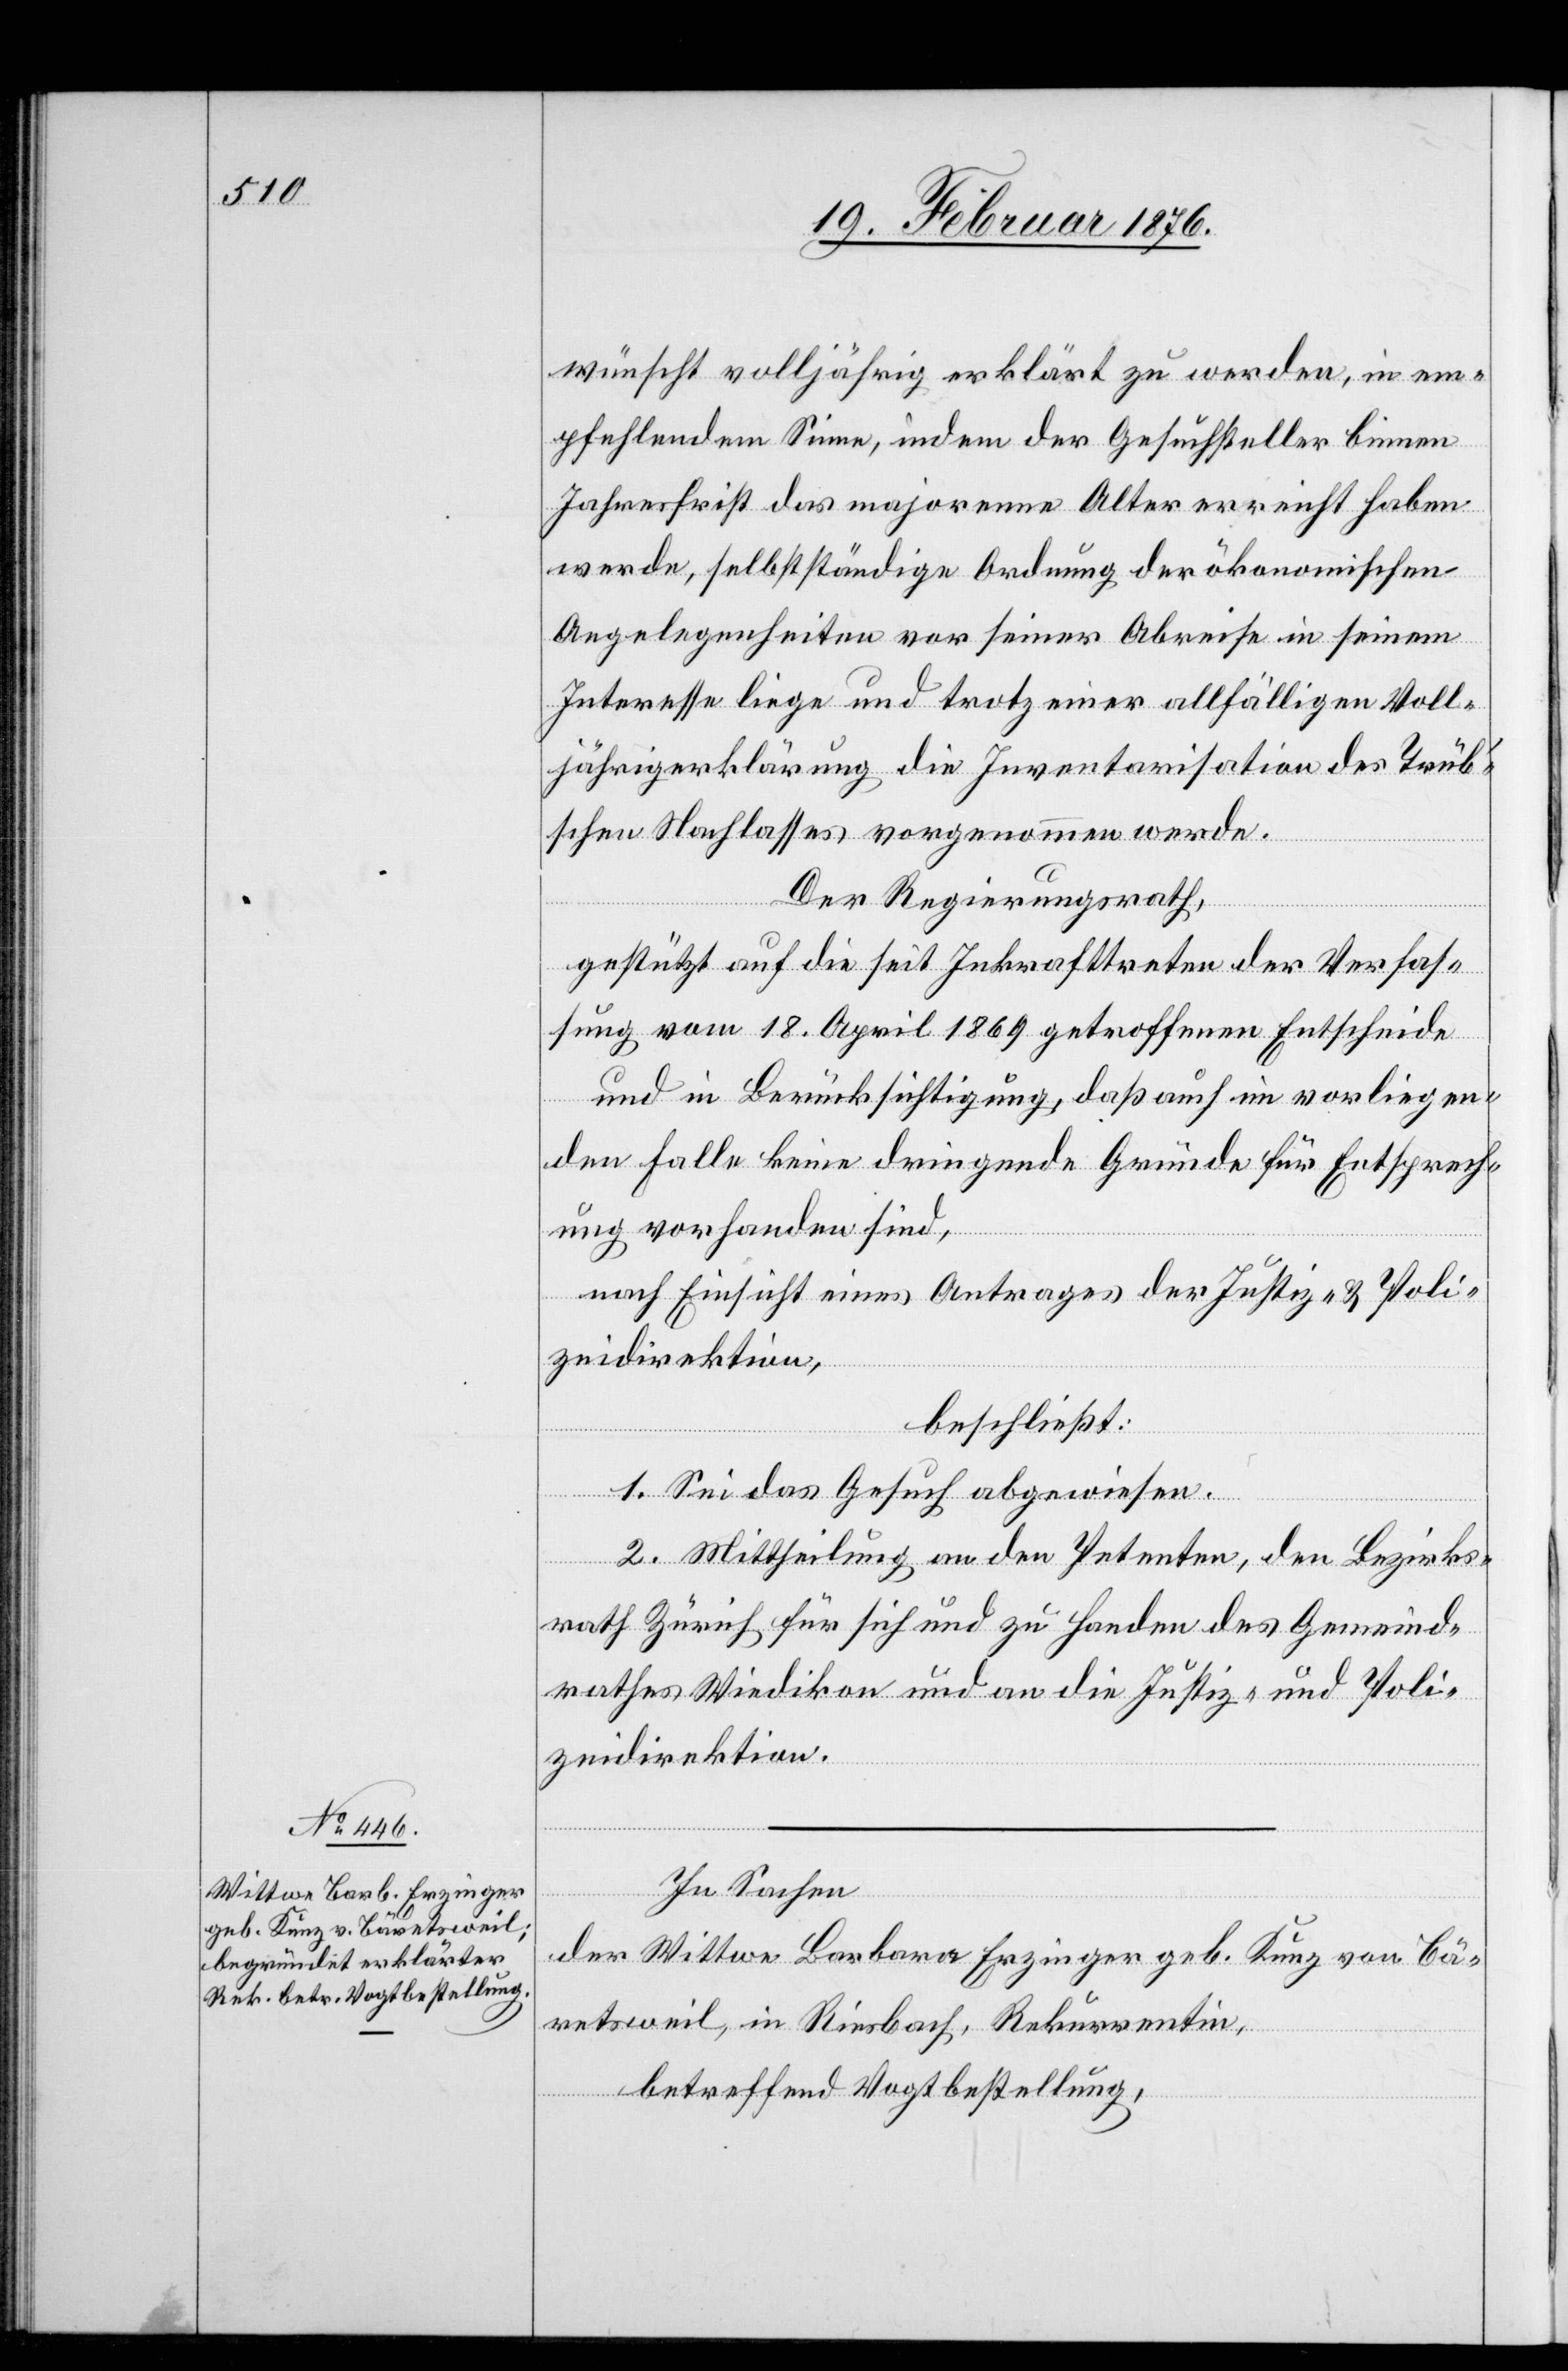
wünscht volljährig erklärt zu werden, in em¬
pfehlendem Sinne, indem der Gesuchsteller binnen
Jahresfrist das majorenen Alter erreicht haben
werde, selbstständige Ordnung der ökonomischen
Angelegenheiten vor seiner Abreise in seinem
Interesse liege und trotz einer allfälligen Voll¬
jährigkeitserklärung die Inventarisation des Trüb¬
schen Nachlasses vorgenommen werde.
Poli¬
Der Regierungsrath,
gestützt auf die seit Inkrafttreten der Verfas¬
sung vom 18. April 1869 getroffenen Entscheide
und in Berücksichtigung, daß auch im vorliegen¬
den Falle keine dringende Gründe für Entsprech¬
ung vorhanden sind,
nach Einsicht eines Antrages der Justiz- und Poli¬
zeidirektion,
beschließt:
1. Sei das Gesuch abzuweisen.
2. Mittheilung an den Petenten, den Bezirks¬
rath Zürich für sich und zu Handen des Gemeind¬
zeidirektion.
In Sachen
Justiz- und
der Wittwe Barbara Erzinger geb. Kunz von Bä¬
retsweil, in Riesbach, Rekurrentin,
betreffend Vogtbestellung,